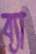
ব্যা